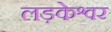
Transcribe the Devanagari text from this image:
लड़केश्वर